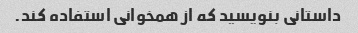
داستانی بنویسید که از همخوانی استفاده کند.